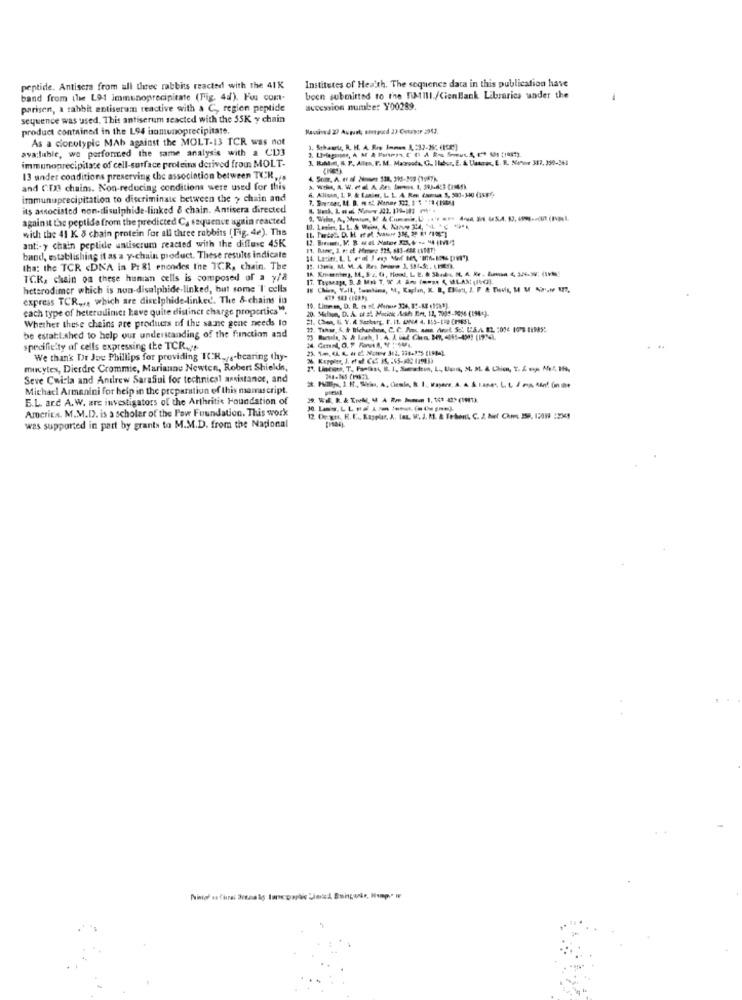
peptide. Antisera from all three rabbits reacted with the 41K
Institutes of Health. The sequence data in this publication have
band from the L91 immunoprecipitate (Fig. 4d). Foi com-
been submitted to the WAIll./CienBank Libraries under the
.
parisen, a rabbit entiseram reactive with a C, region peptide
accession number Y00289.
sequence was used. This antiserum seacted with the 55K y chain
product contained in the L94 usamunoprecipitate.
As a cionotypic MAb against the MOLT-13 TCR was not
ava:luble, we porforced the same analysis with a CUD3
3. Schaute, R. H. A. R .. ] ==== 3, 337-26; (15E)
immunoprecipitate of cell-surface proteins derived from MOLT-
J. Riht , R. P. Allaa, F. M. Mazeofa, G. Ilaber, E. & Uaazes, E. R. Navir 317, 330-361
13 under conditions preserving the association between TCR ...
and CD3 chains. Non-reducing conditions were used for this
6. Alioun, 1. P. & tanie, L. L. A. Ron Camus. 3, 503-340 (15-8℃.
immunuprecipitation to discriminate between the > chain and
its associated non-disulphide-linked & chain. Antisera directed
against the peptide from the predicted Ca sequence ugtin reacted
with the 41 K. & chain protein for all three rabbits (Fig. 4e). The
anti-y chain peptide antiscrum reacted with the diffuse 45K
band, establishing it as a y-chain product. These results indicate
tha: the TCR <DNA is Pr &1 enondes the TCR, chain. The
TCK, chain on these human cells is composed of a y/a
heterodimer which is non-disulphide-linked, but some I' cells
16 China, Vall, Somtina, M, Kaplan, X. B, ENion, J. P & THvis, H M AN I7,
express TCR ,.. which are diselphide-linked. The &-chains in
cach type of heterodimic: have quite distinct charge propertics".
20. Stehen, D. A. of al. Macick Asif: Birt. 12, 7995-9036 (1944).
Whether these chains are produers of the same gene needs lo
be estatt.shed to help our understanding of the function and
specificity of cells expressing the TCR.t
We than' Dr Joe Phillips for providing ICH, .- bearing thy-
mucytes, Dierdre Crommie, Marianne Newten, Robert Shields,
Seve Cwirla and Andrew Sarafiul for technical assistance, and
Michael Armanini for help in the preparation of this mamascript.
E.L. are A. W. are investigators of the Arthritis Foundation of
America. M.M.D. is a scholar of the Paw Foundation. This work
was supported in part by grants to M.M.D. from the National